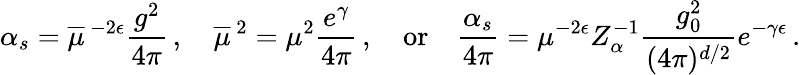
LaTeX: \alpha_{s}=\overline{{{\mu}}}\, ^{-2\epsilon}\frac{g^{2}}{4\pi}\, ,\quad\overline{{{\mu}}}\, ^{2}=\mu^{2}\frac{e^{\gamma}}{4\pi}\, ,\quad\mathrm{or}\quad\frac{\alpha_{s}}{4\pi}=\mu^{-2\epsilon}Z_{\alpha}^{-1}\frac{g_{0}^{2}}{(4\pi)^{d/2}}e^{-\gamma\epsilon}\, .